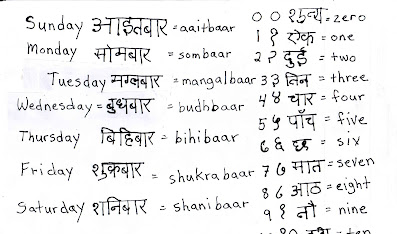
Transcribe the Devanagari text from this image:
Sunday आइतबार = aaitbaar
Monday सोमबार = sombaar
Tuesday मंगलबार = mangalbaar
Wednesday बुधबार = budhbaar
Thursday बिहिबार = bihiba(a)r
Friday शुक्रवार = shukrabaar
Saturday शनिबार = shanibaar

०० शून्य = zero
१ १ एक = one
२ २ दुई = two
३ ३ तिन = three
४ ४ चार = four
५ ५ पाँच = five
६ ६ छ = six
७ ७ सात = seven
८ ८ आठ = eight
९ ९ नौ = nine
१० दस = ten